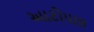
આટોપાઇ